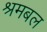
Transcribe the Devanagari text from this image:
श्रमबल